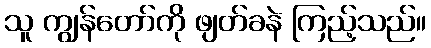
သူ ကျွန်တော်ကို ဖျတ်ခနဲ ကြည့်သည်။